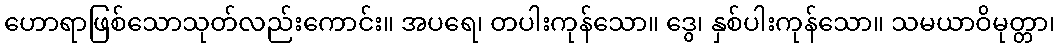
ဟောရာဖြစ်သောသုတ်လည်းကောင်း။ အပရေ၊ တပါးကုန်သော။ ဒွေ၊ နှစ်ပါးကုန်သော။ သမယာဝိမုတ္တာ၊